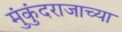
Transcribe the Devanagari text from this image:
मुंकुंदराजाच्या